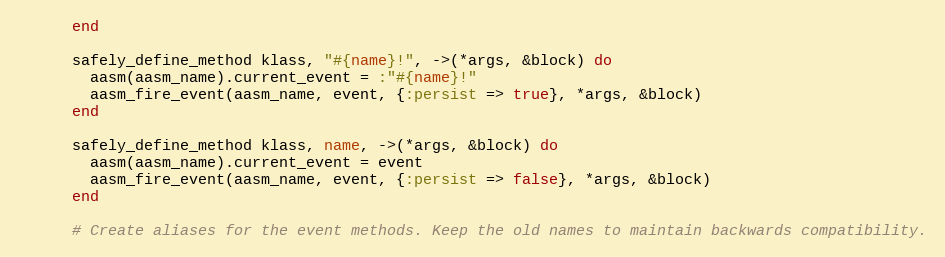
Language: Ruby
      end

      safely_define_method klass, "#{name}!", ->(*args, &block) do
        aasm(aasm_name).current_event = :"#{name}!"
        aasm_fire_event(aasm_name, event, {:persist => true}, *args, &block)
      end

      safely_define_method klass, name, ->(*args, &block) do
        aasm(aasm_name).current_event = event
        aasm_fire_event(aasm_name, event, {:persist => false}, *args, &block)
      end

      # Create aliases for the event methods. Keep the old names to maintain backwards compatibility.